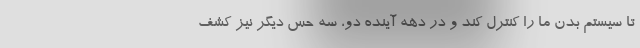
تا سیستم بدن ما را کنترل کند و در دهه آینده دو، سه حس دیگر نیز کشف